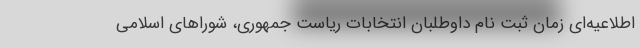
اطلاعیه‌ای زمان ثبت نام داوطلبان انتخابات ریاست جمهوری، شوراهای اسلامی